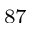
^ { 8 7 }